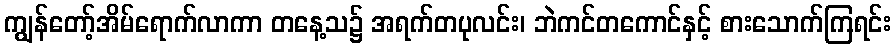
ကျွန်တော့်အိမ်ရောက်လာကာ တနေ့သ၌ အရက်တပုလင်း၊ ဘဲကင်တကောင်နှင့် စားသောက်ကြရင်း